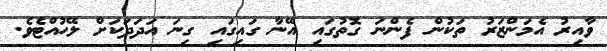
ވާއިރު އެމަންޒަރު ތަކުން ފެންނަ ގޮތުގައި އޭނާ ގައިގައި ގިނަ އަދަދަކަށް ލޭހުއްޓެވެ.